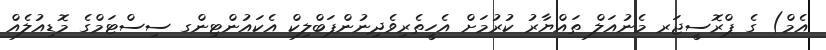
އެމް) ގެ ޕްރޮސީޖަރ މެނުއަލް ތައްޔާރު ކުރުމަށް އެހީތެރިވެދިނުންޕަބްލިކް އެކައުންޓިންގ ސިސްޓަމްގެ މޮޑިއުލެއް